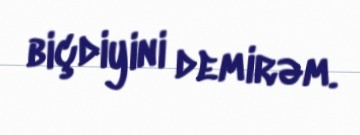
biçdiyini demirəm.